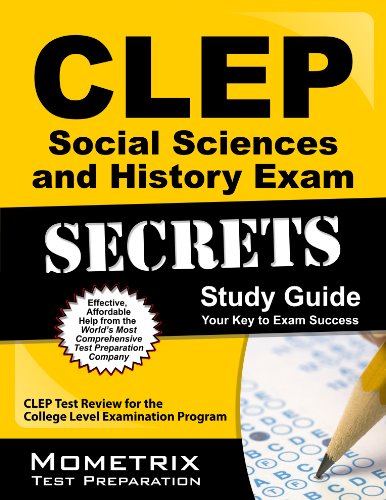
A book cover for CLEP Social Sciences and History Exam Secrets Study Guide: CLEP Test Review for the College Level Examination Program; CLEP Exam Secrets Test Prep Team; Test Preparation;